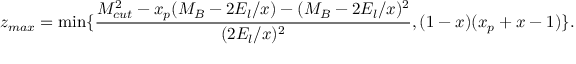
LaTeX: z _ { m a x } = \operatorname * { m i n } \{ \frac { M _ { c u t } ^ { 2 } - x _ { p } ( M _ { B } - 2 E _ { l } / x ) - ( M _ { B } - 2 E _ { l } / x ) ^ { 2 } } { ( 2 E _ { l } / x ) ^ { 2 } } , ( 1 - x ) ( x _ { p } + x - 1 ) \} .